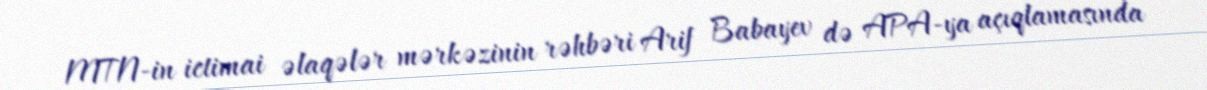
MTN-in ictimai əlaqələr mərkəzinin rəhbəri Arif Babayev də APA-ya açıqlamasında